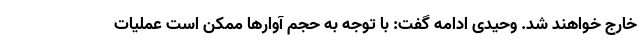
خارج خواهند شد. وحیدی ادامه گفت: با توجه به حجم آوارها ممکن است عملیات